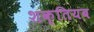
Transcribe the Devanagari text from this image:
शक्तियब